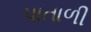
પાતાળી